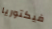
فيكتوريا